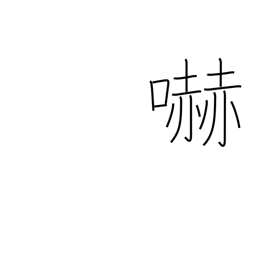
Meaning: menacing